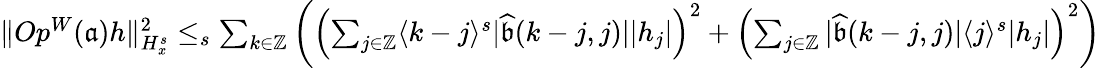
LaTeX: \begin{array}{r}{\rVert Op^{W}(\mathfrak{a})h\rVert_{H_{x}^{s}}^{2}\le_{s}\sum_{k\in\mathbb{Z}}\left(\left(\sum_{j\in\mathbb{Z}}\langle k-j\rangle^{s}|\widehat{\mathfrak{b}}(k-j,j)||h_{j}|\right)^{2}+\left(\sum_{j\in\mathbb{Z}}|\widehat{\mathfrak{b}}(k-j,j)|\langle j\rangle^{s}|h_{j}|\right)^{2}\right)}\end{array}